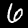
Label: 6